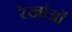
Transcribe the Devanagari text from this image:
रेखांओं